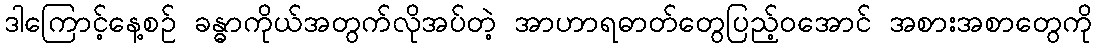
ဒါကြောင့်နေ့စဉ် ခန္ဓာကိုယ်အတွက်လိုအပ်တဲ့ အာဟာရဓာတ်တွေပြည့်ဝအောင် အစားအစာတွေကို